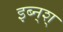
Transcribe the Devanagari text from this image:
इब्न्‌श्